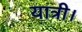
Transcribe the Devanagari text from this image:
यात्री।